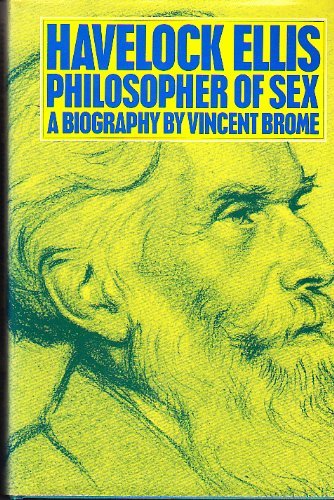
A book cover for Havelock Ellis: Philosopher of Sex - A Biography; Vincent Brome; Biographies & Memoirs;